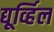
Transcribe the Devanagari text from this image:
द्यूर्व्हिल